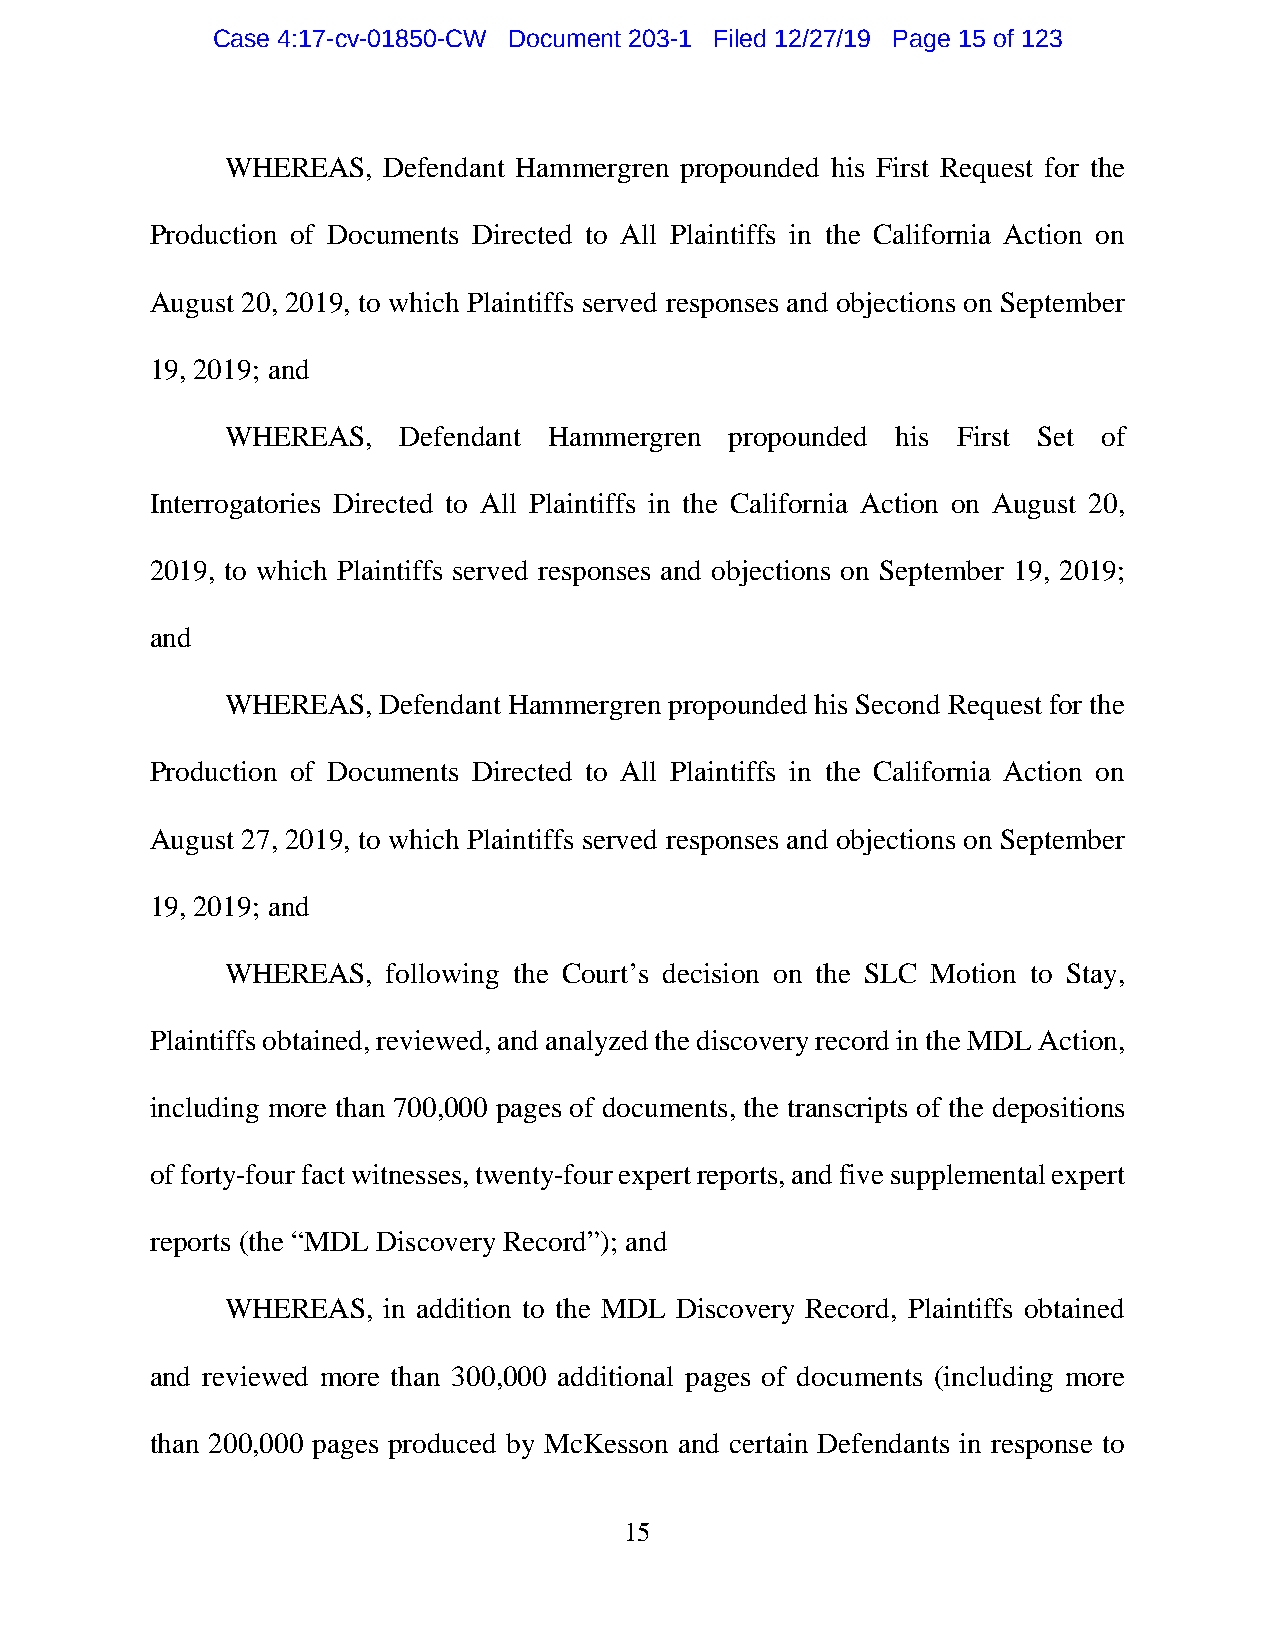
Case 4:17-cv-01850-CW Document 203-1 Filed 12/27/19 Page 15 of 123
 WHEREAS,  Defendant Hammergren propounded his First Request for the
 Production of Documents Directed to All Plaintiffs in the California Action on
 August 20, 2019, to which Plaintiffs served responses and objections on September
 19, 2019; and
 WHEREAS,   Defendant Hammergren  propounded his First Set of
 Interrogatories Directed to All Plaintiffs in the California Action on August 20,
 2019, to which Plaintiffs served responses and objections on September 19, 2019;
 and
 WHEREAS,  Defendant Hammergren propounded his Second Request for the
 Production of Documents Directed to All Plaintiffs in the California Action on
 August 27, 2019, to which Plaintiffs served responses and objections on September
 19, 2019; and
 WHEREAS,   following the Court’s decision on the SLC Motion to Stay,
 Plaintiffs obtained, reviewed, and analyzed the discovery record in the MDL Action,
 including more than 700,000 pages of documents, the transcripts of the depositions
 of forty-four fact witnesses, twenty-four expert reports, and five supplemental expert
 reports (the “MDL Discovery Record”); and
 WHEREAS,  in addition to the MDL Discovery Record, Plaintiffs obtained
 and reviewed more than 300,000 additional pages of documents (including more
 than 200,000 pages produced by McKesson and certain Defendants in response to
 15